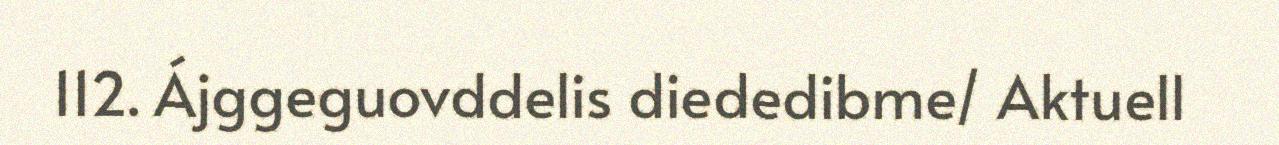
112. Ájggeguovddelis diededibme/ Aktuell